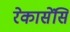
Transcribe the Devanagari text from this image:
रेकासेंसि